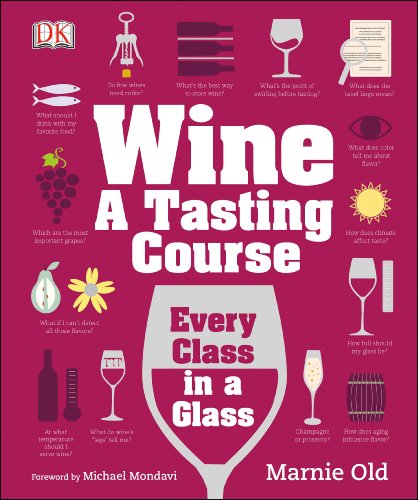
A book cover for Wine: A Tasting Course; Marnie Old; Cookbooks, Food & Wine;